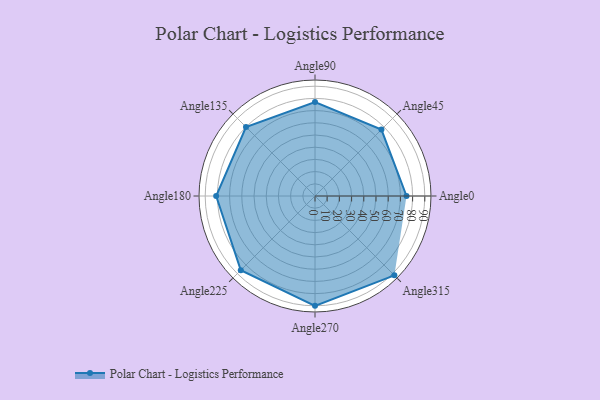
{"axis": {"x": "Angle", "y": "Radius"}, "legend": [""], "data": [{"x": "Angle0", "y": 75.0, "type": ""}, {"x": "Angle45", "y": 77.0, "type": ""}, {"x": "Angle90", "y": 77.0, "type": ""}, {"x": "Angle135", "y": 80.0, "type": ""}, {"x": "Angle180", "y": 81.0, "type": ""}, {"x": "Angle225", "y": 86.0, "type": ""}, {"x": "Angle270", "y": 90.0, "type": ""}, {"x": "Angle315", "y": 92.0, "type": ""}]}